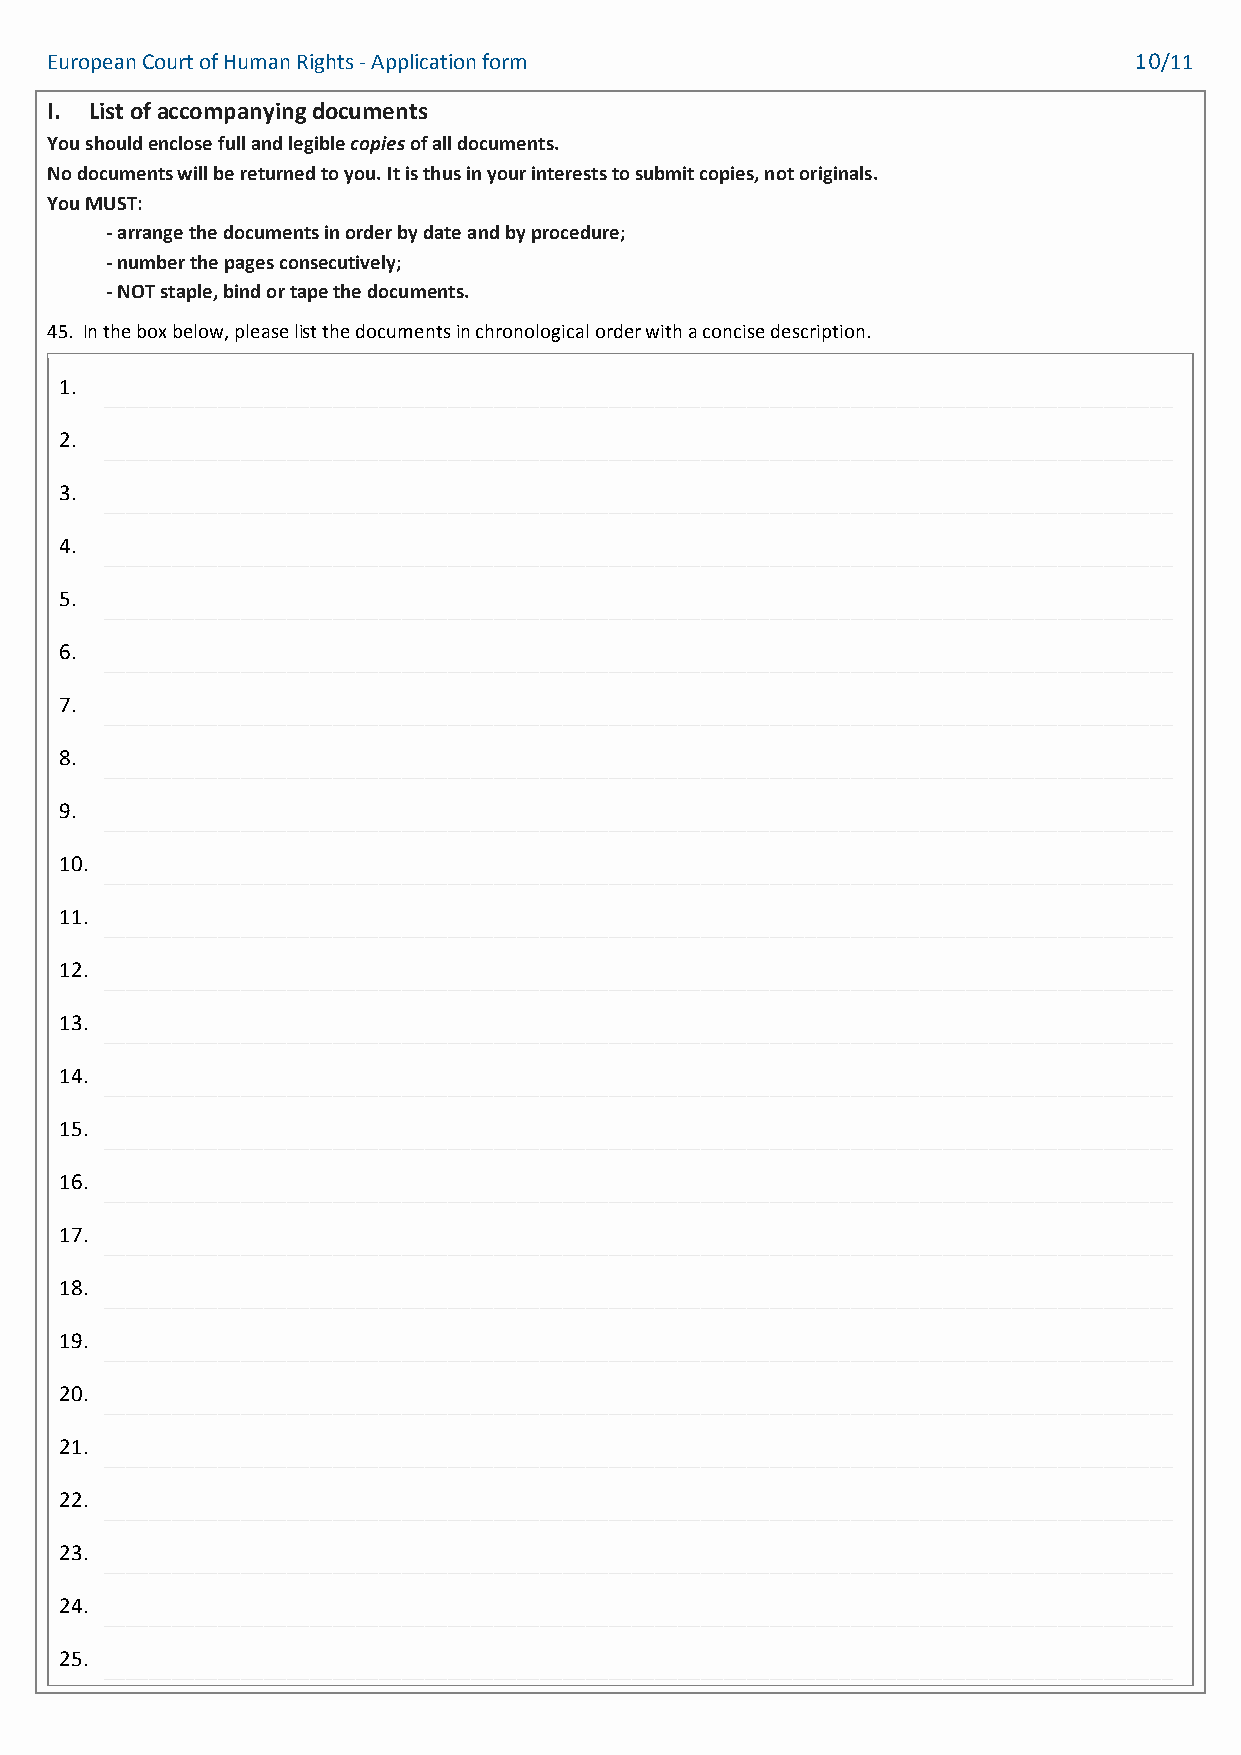
European Court of Human Rights - Application form                       10/11
 I. List of accompanying documents
 You should enclose full and legible copies of all documents.
 No documents will be returned to you. It is thus in your interests to submit copies, not originals.
 You MUST:
 - arrange the documents in order by date and by procedure;
 - number the pages consecutively;
 - NOT staple, bind or tape the documents.
 45. In the box below, please list the documents in chronological order with a concise description.
 1.
 _____________________________________________________________________________________________
 2.
 _____________________________________________________________________________________________
 3.
 _____________________________________________________________________________________________
 4.
 _____________________________________________________________________________________________
 5.
 _____________________________________________________________________________________________
 6.
 _____________________________________________________________________________________________
 7.
 _____________________________________________________________________________________________
 8.
 _____________________________________________________________________________________________
 9.
 _____________________________________________________________________________________________
 10.
 _____________________________________________________________________________________________
 11.
 _____________________________________________________________________________________________
 12.
 _____________________________________________________________________________________________
 13.
 _____________________________________________________________________________________________
 14.
 _____________________________________________________________________________________________
 15.
 _____________________________________________________________________________________________
 16.
 _____________________________________________________________________________________________
 17.
 _____________________________________________________________________________________________
 18.
 _____________________________________________________________________________________________
 19.
 _____________________________________________________________________________________________
 20.
 _____________________________________________________________________________________________
 21.
 _____________________________________________________________________________________________
 22.
 _____________________________________________________________________________________________
 23.
 _____________________________________________________________________________________________
 24.
 _____________________________________________________________________________________________
 25.
 _____________________________________________________________________________________________